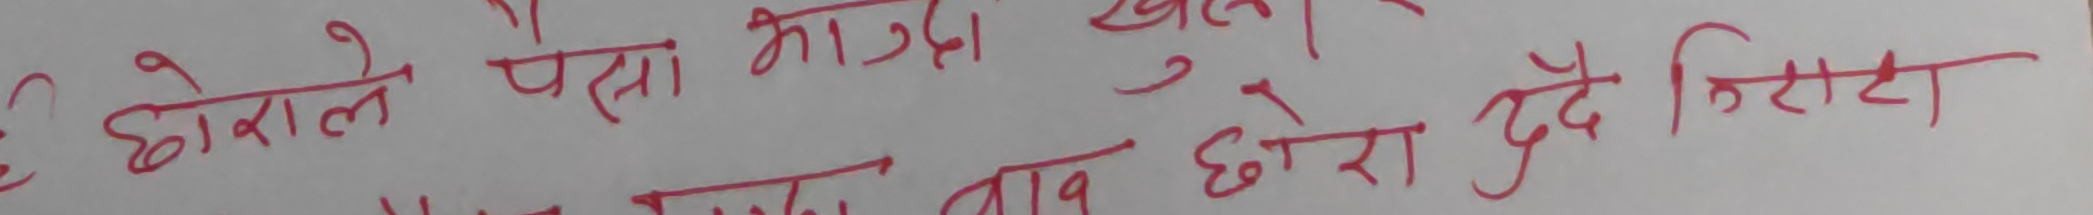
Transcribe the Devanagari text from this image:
छोनाले पैसा मात्रै खोल्छ।
अनुसारका लागि  आवश्यक छोरा हुदै  निसटट।